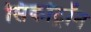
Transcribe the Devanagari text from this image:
सिंकोट्रॉन